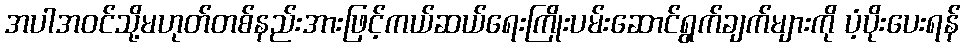
အပါအဝင်သို့မဟုတ်တစ်နည်းအားဖြင့်ကယ်ဆယ်ရေးကြိုးပမ်းဆောင်ရွက်ချက်များကို ပံ့ပိုးပေးရန်